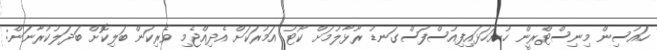
ހައުސިން މިނިސްޓްރީން ހުށަހަޅައިފިއުސްފަސްގަނޑު ރޫޅާލުމަށް ކޯޓު އަމުރަކަށް އެދިއްޖެމި ވެރިކަން ބަލިކޮށް ބަދަލުކުރާނަން: